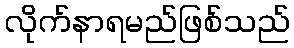
လိုက်နာရမည်ဖြစ်သည်